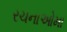
રચનાઓમા